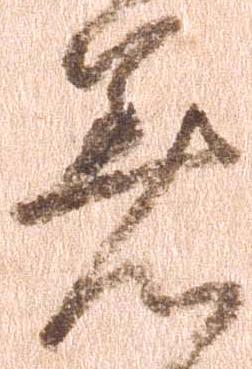
着